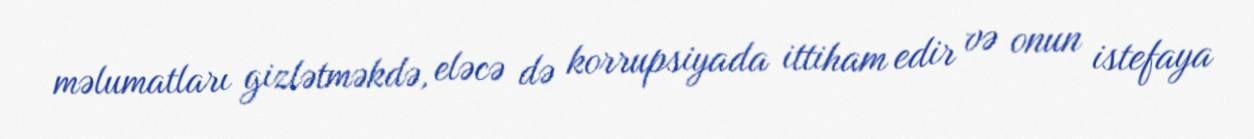
məlumatları gizlətməkdə, eləcə də korrupsiyada ittiham edir və onun istefaya